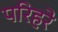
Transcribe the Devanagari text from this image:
परिहरे